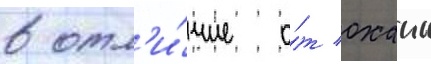
в отл'и́чие о́т оханы